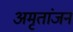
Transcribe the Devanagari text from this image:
अमृतांजन